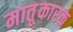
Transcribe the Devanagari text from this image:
मातृ्कारक